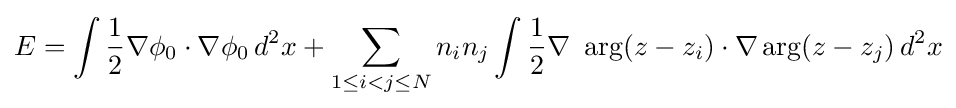
E=\int {\frac {1}{2}}\nabla \phi _{0}\cdot \nabla \phi _{0}\,d^{2}x+\sum _{1\leq i<j\leq N}n_{i}n_{j}\int {\frac {1}{2}}\nabla \ \arg(z-z_{i})\cdot \nabla \arg(z-z_{j})\,d^{2}x